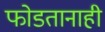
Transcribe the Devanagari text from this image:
फोडतानाही